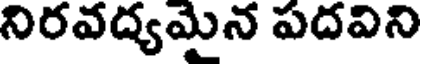
నిరవద్యమైన పదవిని